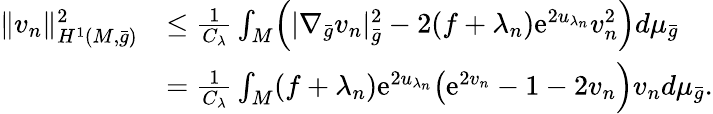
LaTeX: \begin{array}{rl}{\| v_{n}\| _{H^{1}(M,\bar{g})}^{2}}&{\le\frac{1}{C_{\lambda}}\int_{M}\Bigl(|\nabla_{\bar{g}}v_{n}|_{\bar{g}}^{2}-2(f+\lambda_{n})\mathrm{e}^{2u_{\lambda_{n}}}v_{n}^{2}\Bigr)d\mu_{\bar{g}}}\\ &{=\frac{1}{C_{\lambda}}\int_{M}(f+\lambda_{n})\mathrm{e}^{2u_{\lambda_{n}}}\bigl(\mathrm{e}^{2v_{n}}-1-2v_{n}\Bigr)v_{n}d\mu_{\bar{g}}.}\end{array}